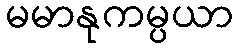
မမာနုကမ္ပယာ